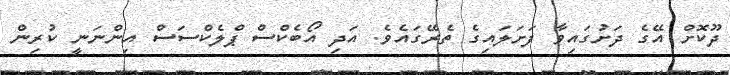
ދޫކޮށް އޭގެ ދަށުގައިވާ ފަށަލައިގެ ތެރޭގައެވެ. އަދި އޯބެކްސް ޕްލެކްސަސް އިންނަނީ ކުރިން